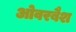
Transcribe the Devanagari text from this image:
ओवरबैश